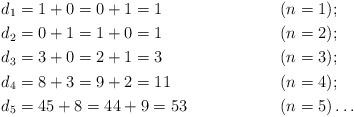
LaTeX: \begin{align*} &d_1 = 1 + 0 = 0 + 1 = 1 & &(n = 1);\\ &d_2 = 0 + 1 = 1 + 0 = 1 & &(n = 2);\\ &d_3 = 3 + 0 = 2 + 1 = 3 & &(n = 3);\\ &d_4 = 8 + 3 = 9 + 2 = 11 & &(n = 4);\\ &d_5 = 45 + 8 = 44 + 9 = 53 & &(n = 5)\ldots\end{align*}